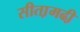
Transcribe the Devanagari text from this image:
सीता़मढी़